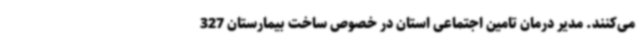
می‌کنند. مدیر درمان تامین اجتماعی استان در خصوص ساخت بیمارستان 327